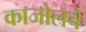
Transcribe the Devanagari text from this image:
काजोलचे